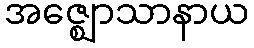
အဇ္ဈောသာနာယ